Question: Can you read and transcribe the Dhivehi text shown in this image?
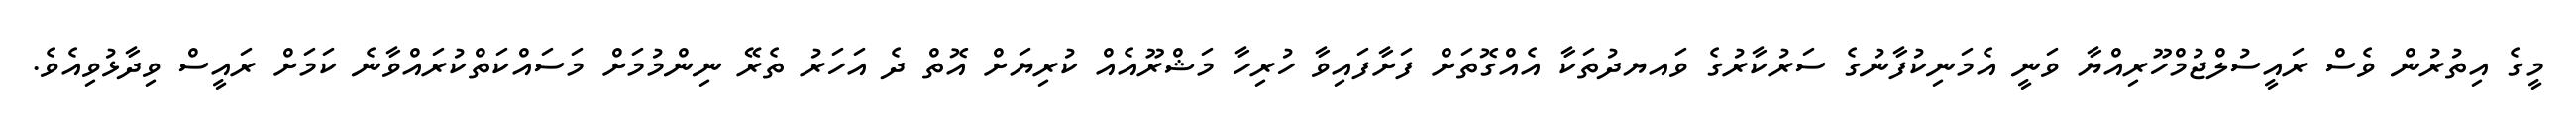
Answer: މީގެ އިތުރުން ވެސް ރައީސުލްޖުމްހޫރިއްޔާ ވަނީ އެމަނިކުފާނުގެ ސަރުކާރުގެ ވައޔދުތަކާ އެއްގޮތަށް ފަށާފައިވާ ހުރިހާ މަޝްރޫއެއް ކުރިޔަށް އޮތް ދެ އަހަރު ތެރޭ ނިންމުމަށް މަސައްކަތްކުރައްވާނެ ކަމަށް ރައީސް ވިދާޅުވިއެވެ.